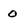
Character: 0